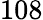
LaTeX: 108